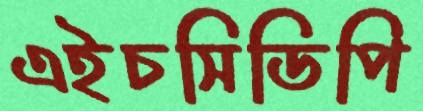
এইচসিডিপি